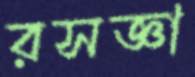
রসজ্ঞা